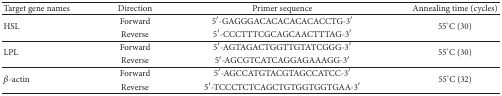
<table><thead><tr><td><b>Target gene names</b></td><td><b>Direction</b></td><td><b>Primer sequence</b></td><td><b>Annealing time (cycles)</b></td></tr></thead><tbody><tr><td rowspan="2">HSL</td><td>Forward</td><td>5′-GAGGGACACACACACACCTG-3′</td><td rowspan="2">55°C (30)</td></tr><tr><td>Reverse</td><td>5′-CCCTTTCGCAGCAACTTTAG-3′</td></tr><tr><td rowspan="2">LPL</td><td>Forward</td><td>5′-AGTAGACTGGTTGTATCGGG-3′</td><td rowspan="2">55°C (30)</td></tr><tr><td>Reverse</td><td>5′-AGCGTCATCAGGAGAAAGG-3′</td></tr><tr><td rowspan="2"><i>β</i>-actin</td><td>Forward</td><td>5′-AGCCATGTACGTAGCCATCC-3′</td><td rowspan="2">55°C (32)</td></tr><tr><td>Reverse</td><td>5′-TCCCTCTCAGCTGTGGTGGTGAA-3′</td></tr></tbody></table>